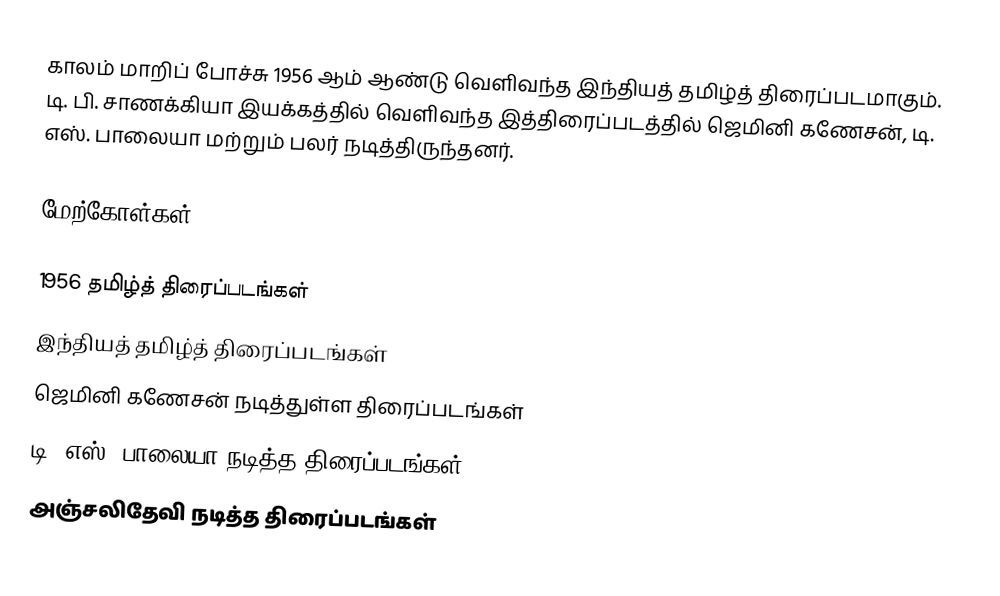
காலம் மாறிப் போச்சு 1956 ஆம் ஆண்டு வெளிவந்த இந்தியத் தமிழ்த் திரைப்படமாகும். டி. பி. சாணக்கியா இயக்கத்தில் வெளிவந்த இத்திரைப்படத்தில் ஜெமினி கணேசன், டி. எஸ். பாலையா மற்றும் பலர் நடித்திருந்தனர்.

மேற்கோள்கள்

1956 தமிழ்த் திரைப்படங்கள்
இந்தியத் தமிழ்த் திரைப்படங்கள்
ஜெமினி கணேசன் நடித்துள்ள திரைப்படங்கள்
டி. எஸ். பாலையா நடித்த திரைப்படங்கள்
அஞ்சலிதேவி நடித்த திரைப்படங்கள்